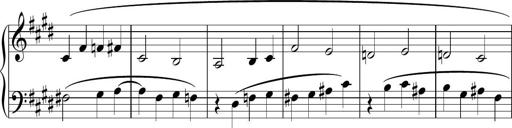
Title: Sonatina n.3
Composer: Tatiana Stankovych
Key: E major